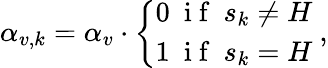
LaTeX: \alpha_{v,k}=\alpha_{v}\cdot\left\{ \begin{array}{ll}{0\ \mathrm{~i~f~}\ s_{k}\neq H}\\ {1\ \mathrm{~i~f~}\ s_{k}=H}\end{array}\right.\ ,